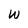
Character: w